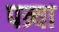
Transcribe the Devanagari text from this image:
पत्र्या